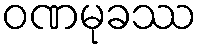
ဝဏမုခဿ